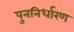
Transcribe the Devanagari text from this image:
पुननिर्धारण